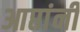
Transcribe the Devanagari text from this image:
आप्तांनीं